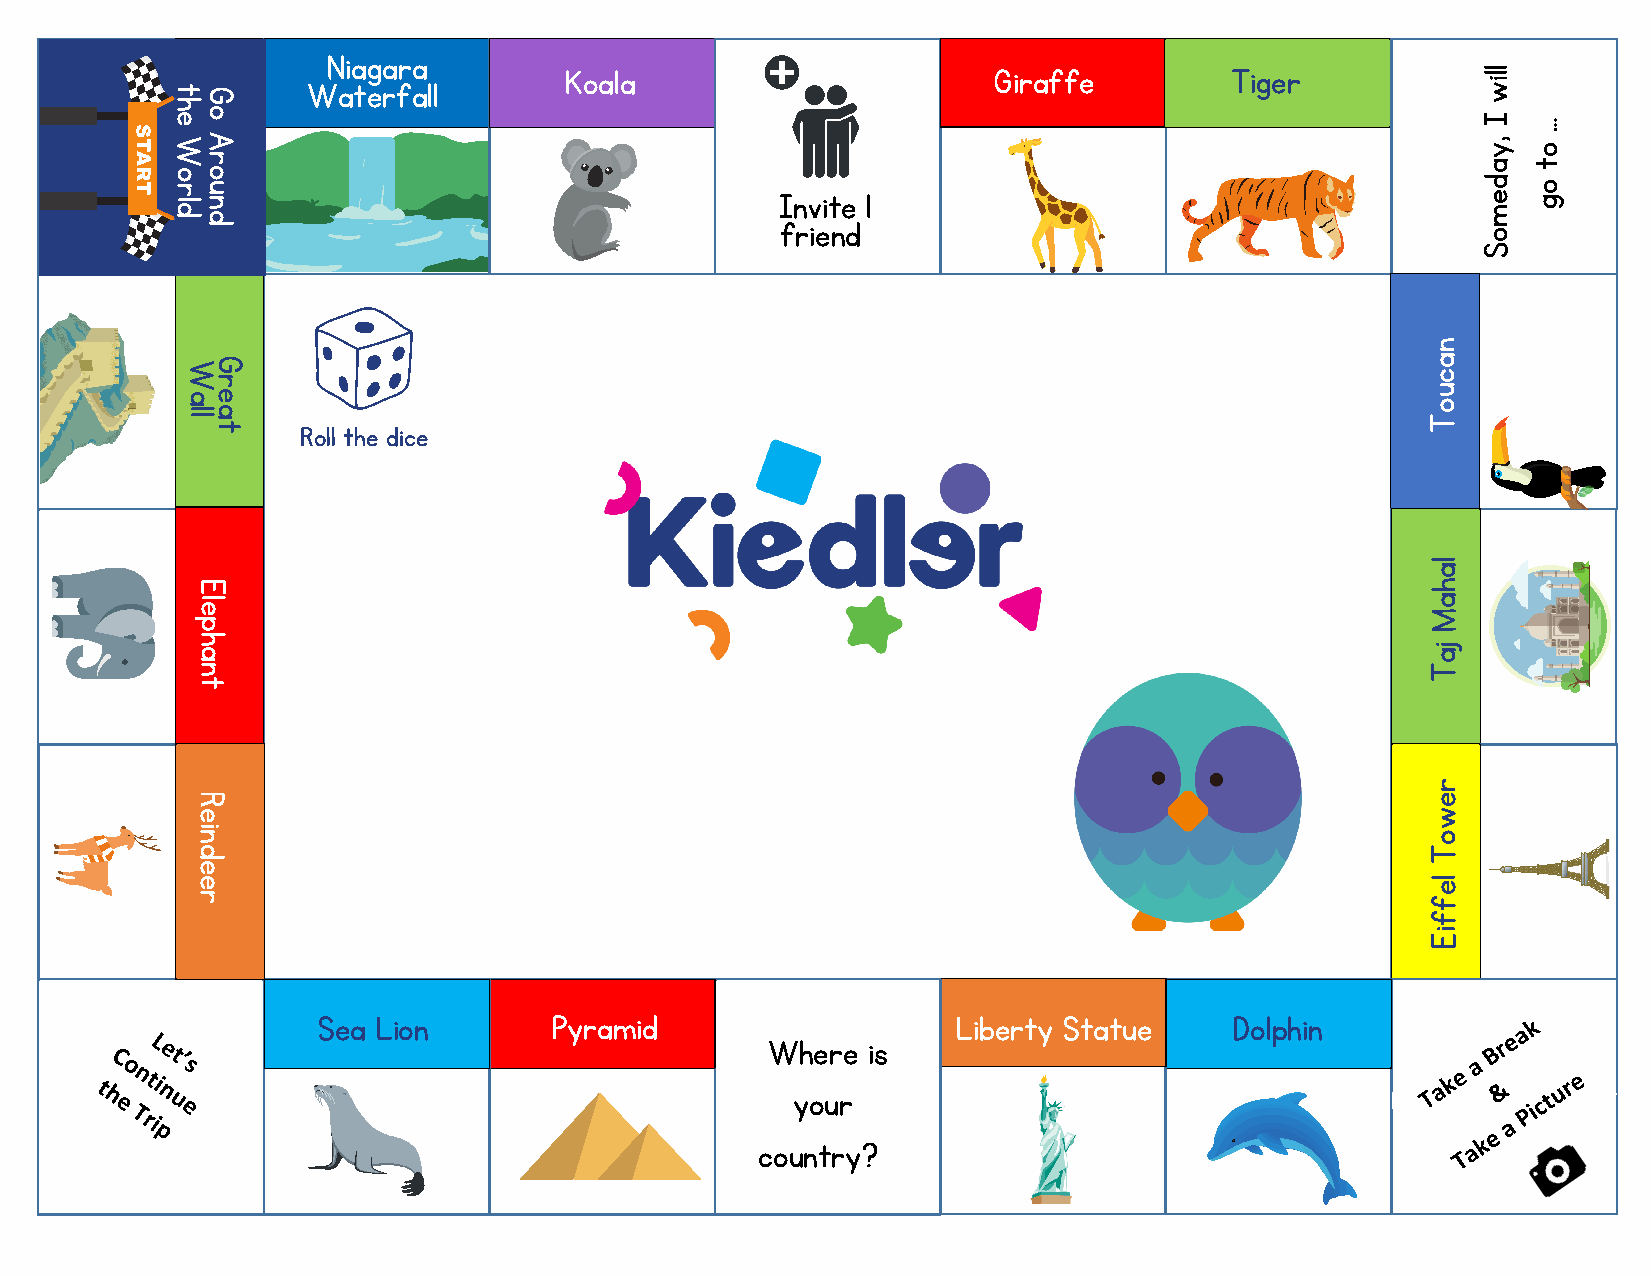
Niagara
 tG       Waterfall
 Koala                        Giraffe        Tiger            lliw
 W
 eh
 A
 o
 I
 , y
 …
 o
 r                                                                                    a  t
 dlro dnuo
 Invite 1
 d
 e
 m
 o
 g
 friend
 o
 S
 n
 WG                                                                                a
 c
 r
 ae                                                                                u
 o
 ll ta
 Roll the dice
 T
 la
 E                                                                                h
 el                                                                               a
 M
 p
 h
 a                                                                                ja
 n                                                                                T
 t
 r
 R                                                                                e
 e                                                                                w
 ni                                                                               o
 d                                                                                T
 e
 e                                                                                le
 r                                                                                f
 f
 iE
 Sea Lion       Pyramid                    Liberty Statue     Dolphin
 Where is
 your
 country?